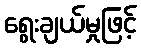
ရွေးချယ်မှုဖြင့်